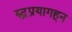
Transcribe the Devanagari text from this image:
रुद्र्प्रयागहून